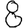
Digit: 8